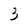
Character: 3